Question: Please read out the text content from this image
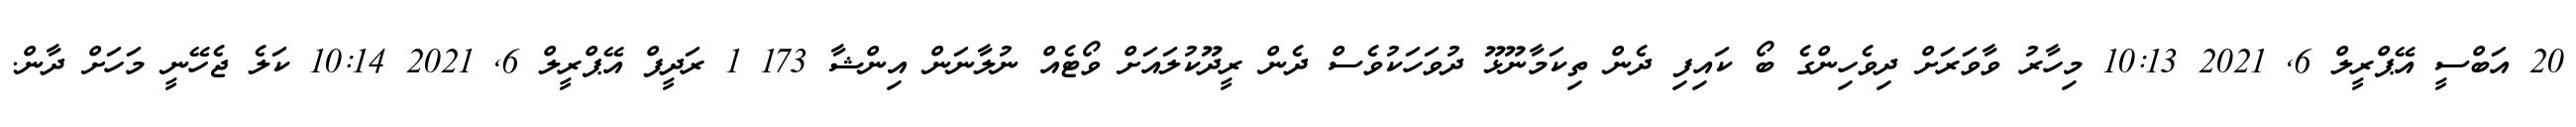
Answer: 20 އަބްސީ އޭޕްރީލް 6, 2021 10:13 މިހާރު ވާވަރަށް ދިވެހިންގެ ބޯ ކައިފި ދެން ތިކަމާނޫޅޫ ދުވަހަކުވެސް ދެން ރީދޫކުލައަށް ވޯޓެއް ނުލާނަން އިންޝާ 173 1 ރަދީފް އޭޕްރީލް 6, 2021 10:14 ކަލެ ޖެހޭނީ މަހަށް ދާން.